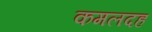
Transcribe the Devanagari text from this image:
कमलदह